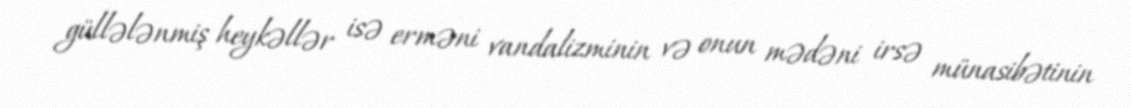
güllələnmiş heykəllər isə erməni vandalizminin və onun mədəni irsə münasibətinin